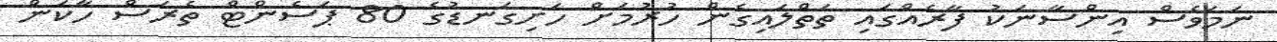
ނަމަވެސް އިންސާނަކު ފާރެއްގައި ތަތްލައިގެން ހުރުމަށް ހަށިގަނޑުގެ 80 ޕަސެންޓް ތެރަސް ހާކަން